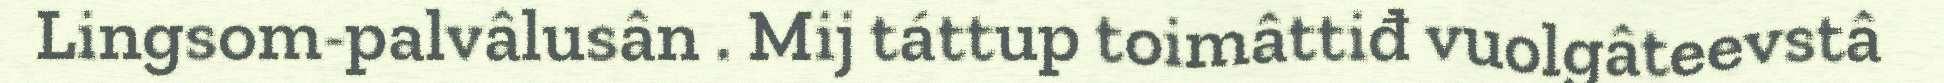
Lingsom-palvâlusân . Mij táttup toimâttiđ vuolgâteevstâ